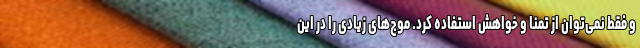
و فقط نمی‌توان از تمنا و خواهش استفاده کرد. موج‌های زیادی را در این